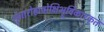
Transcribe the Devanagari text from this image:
श्रृंगारोहावोक्षिभ्रूविकारकृत